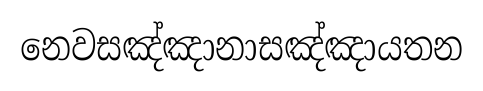
නෙවසඤ්ඤානාසඤ්ඤායතන